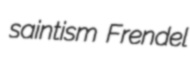
saintism Frendel